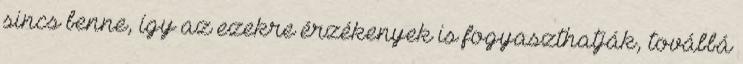
sincs benne, így az ezekre érzékenyek is fogyaszthatják, továbbá